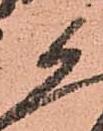
候